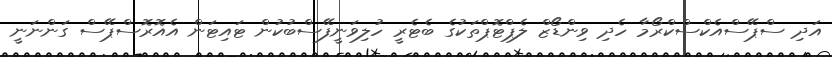
އަދި ސްޕޭސްއެކްސްކްރޯމާ ހެދި ވިންޑޯޒް ލެޕްޓޮޕްތަކުގެ ބެޓެރީ ހުލިވަނީފޭސްބުކުން ޓައިޓަން އެއޮރޮސްޕޭސް ގަންނަނީ